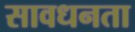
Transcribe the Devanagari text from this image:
सावधनता